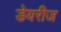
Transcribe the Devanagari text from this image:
डेयरीज